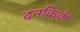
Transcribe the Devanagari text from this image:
दनकिर्क